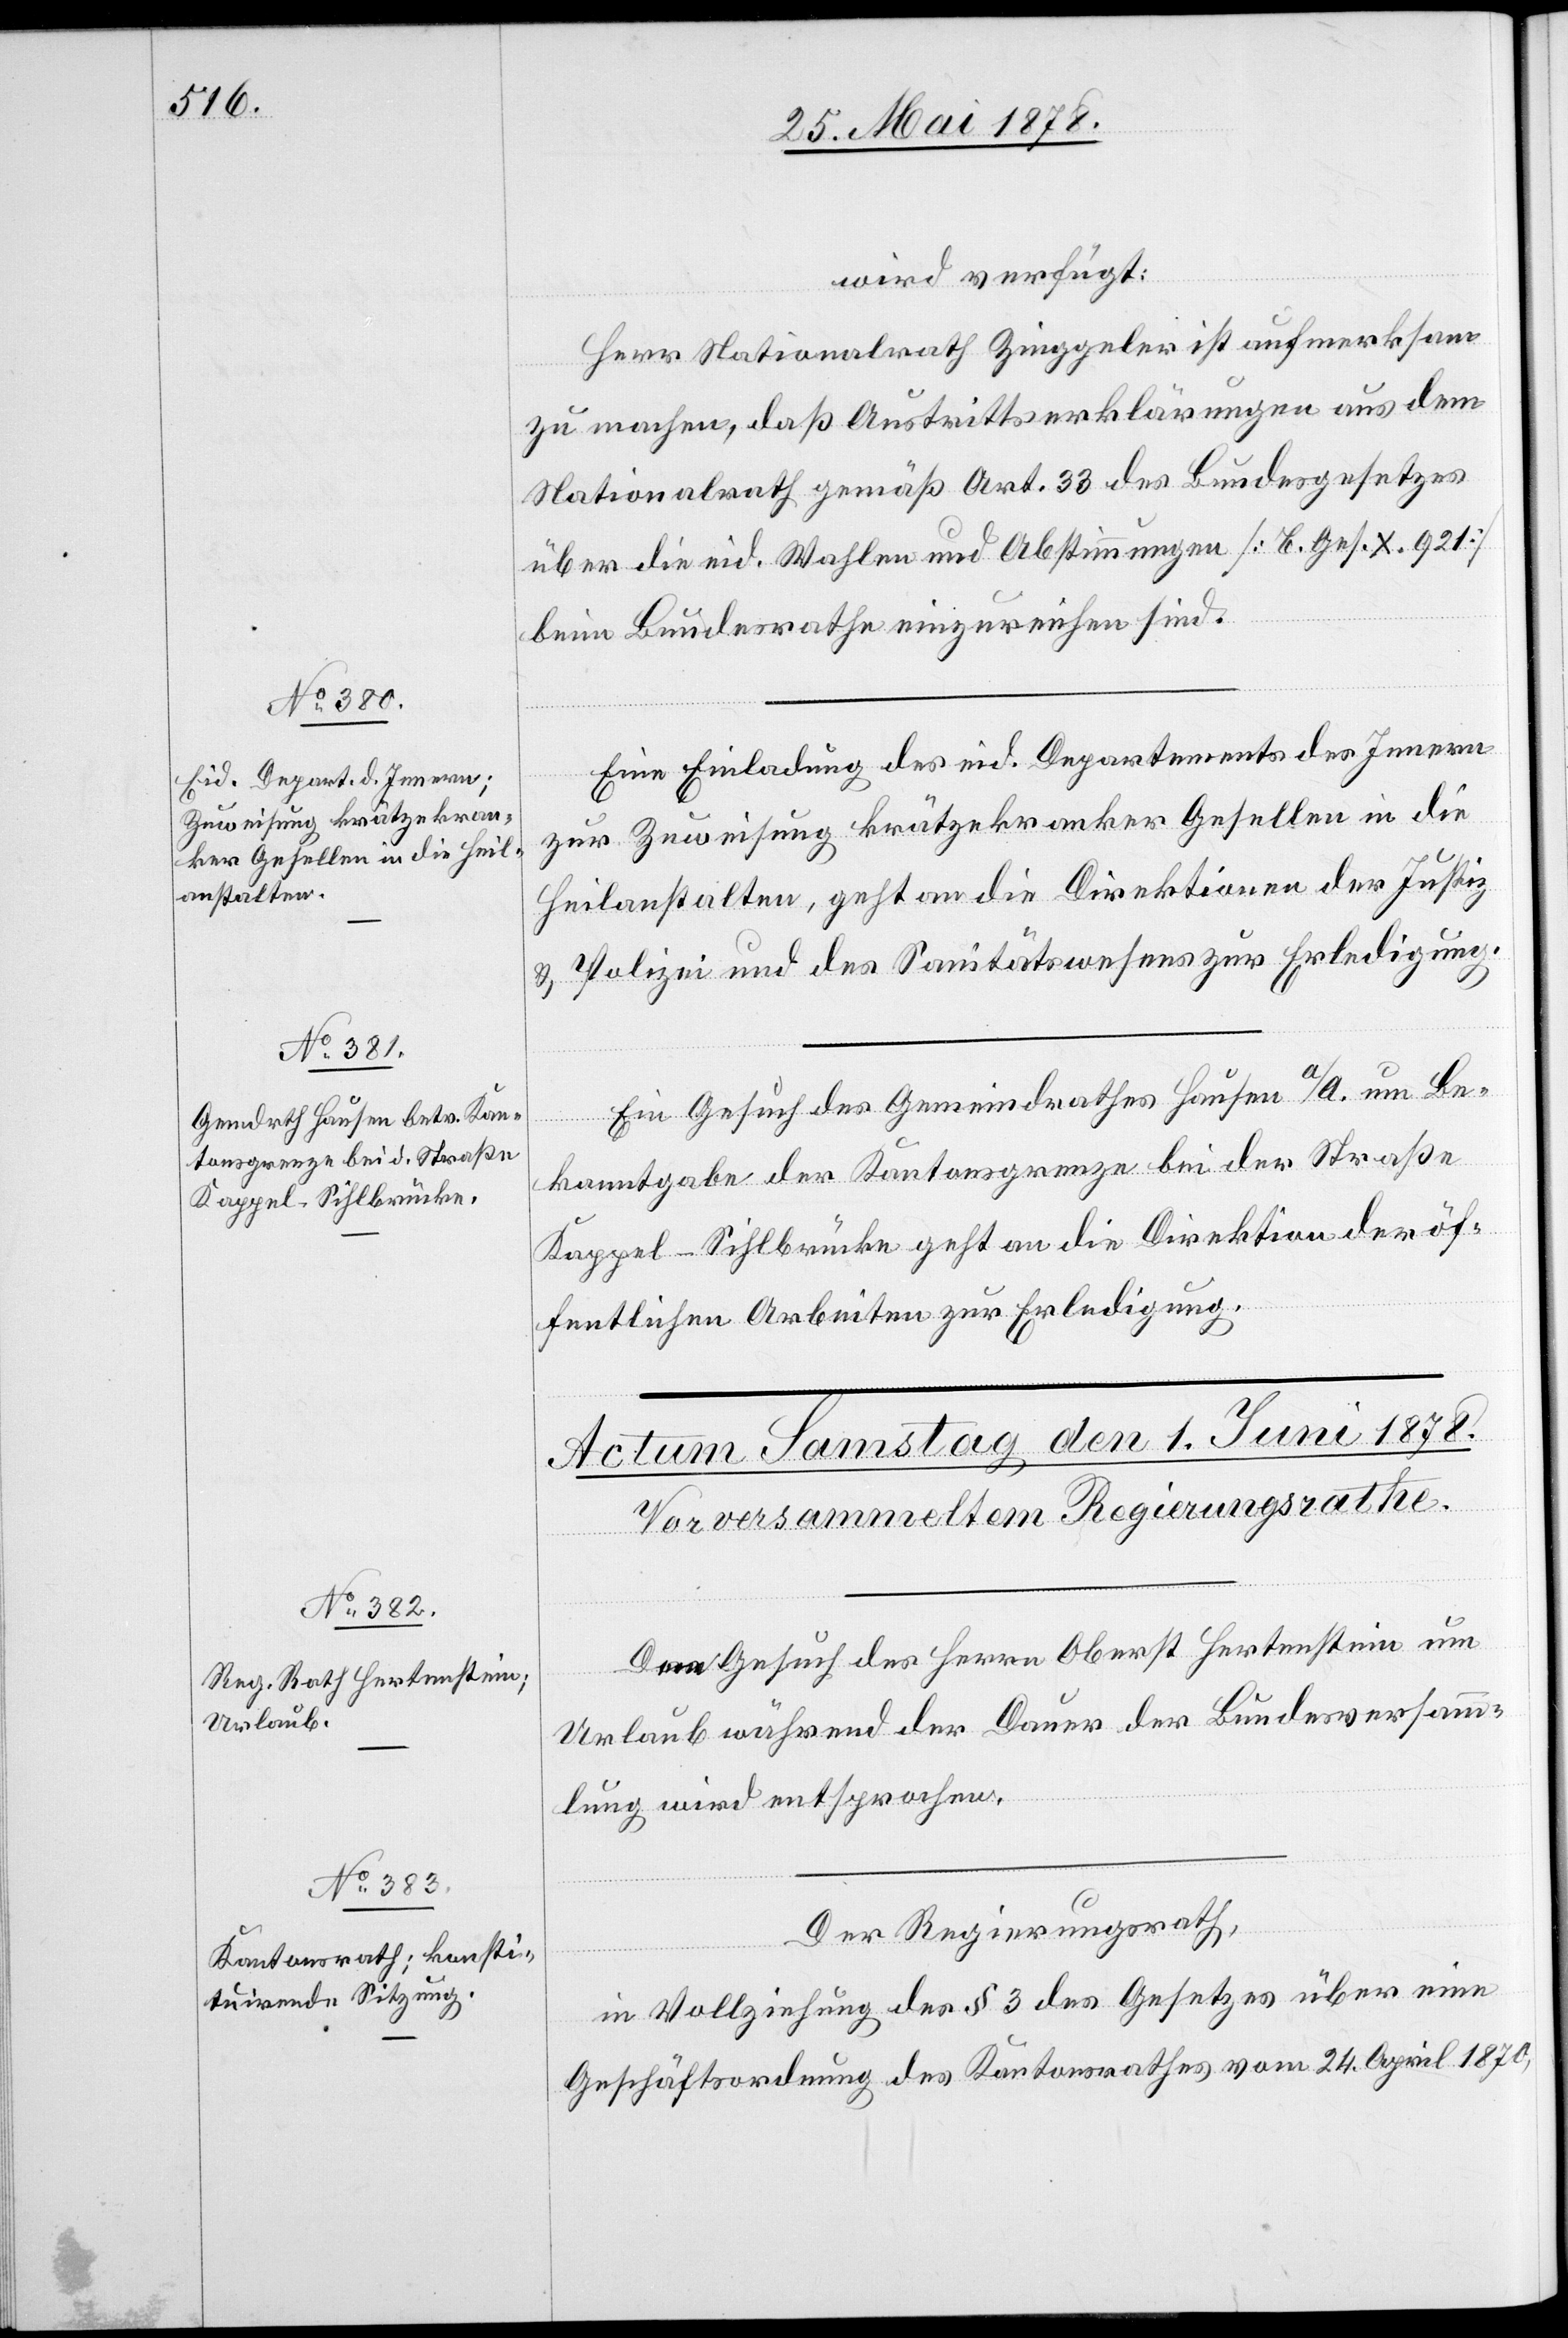
31. Mai 1878.]
wird verfügt:
Herr Nationalrath Zinggeler ist aufmerksam
zu machen, daß Austrittserklärungen aus dem
Nationalrath gemäß Art. 33 des Bundesgesetzes
über die eid. Wahlen und Abstimmungen [B. Ges. X. 921]
beim Bundesrathe einzureichen sind.
Eine Einladung des eid. Departements des Innern
zur Zuweisung krätzekranker Gesellen in die
Heilanstalten, geht an die Direktionen der Justiz
& Polizei und des Sanitätswesens zur Erledigung.
Ein Gesuch des Gemeindrathes Hausen a/A. um Be¬
kanntgabe der Kantonsgrenze bei der Straße
Kappel–Sihlbrücke geht an die Direktion der öf¬
fentlichen Arbeiten zur Erledigung.
Dem Gesuch des Herrn Oberst Hertenstein um
Urlaub während der Dauer der Bundesversamm¬
lung wird entsprochen.
Der Regierungsrath,
in Vollziehung des § 3 des Gesetzes über eine
Geschäftsordnung des Kantonsrathes vom 24. April 1870,